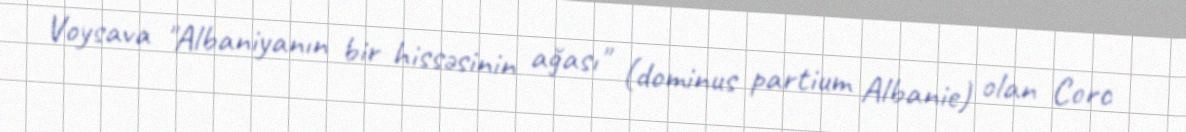
Voysava "Albaniyanın bir hissəsinin ağası" (dominus partium Albanie) olan Corc